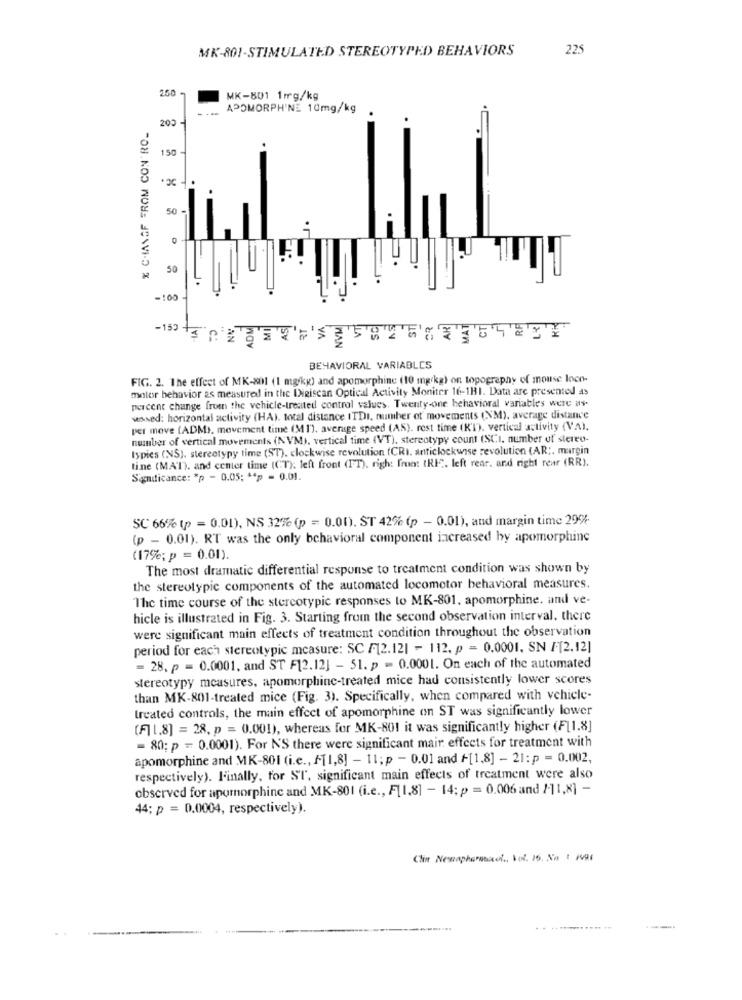
MK-801-STIMULATED STEREOTYPED BEHAVIORS
225
250
MK-801 1mg/kg
APOMORPHINE 10mg/kg
% CHIANGF FROM CON'RO-
200
150
50 -
50
=100
ADM
AN
HAN
BEHAVIORAL VARIABLES
FIG. 2. The effect of MK-801 (1 mg/kg) and apomorphine (10 mg/kg) on topography of mouse loco-
motor behavior as measured in the Digiscan Optical Activity Moniter 16-1H1. Data are presented as
percent change from the vehicle-treated control values. Twenty-one behavioral variables were as.
wowed: horizontal activity (HA). total distance ITDI, number of movements (NM), average distance
per move (ADM), movement time (31), average speed (AS). rest time (KI), vertical activity (VA).
number of vertical movements (NVM), vertical time (VT), stereotypy count (SCI, number of stereo-
Ispies (NS). stereotypy time (ST). clockwise revolution (CRI. anticlockwise revolution (AR ;, margin
tine (MAI). and center time (CT): left front (IT), righ: free: IRI. left rear. and right rear (RR).
Significance: "p - 0.05; ** p = 0.01.
SC 66% (p = 0.01), NS 32% (p = 0.00). ST 42% (p - 0.01), and margin time 29%
(p - 0.01). RT was the only behavioral component increased by apomorphinc
(17%; p = 0.01).
The most dramatic differential response to treatment condition was shown by
the stereotypic components of the automated locomotor behavioral measures.
The time course of the stercotypic responses to MK-801. apomorphine, and ve-
hicle is illustrated in Fig. 3. Starting from the second observation interval. there
were significant main effects of treatment condition throughout the observation
period for each stereotypic measure: SC /12.121 - 112. p = 0.0001. SN /[2.12]
= 28. p = 0.0001, and ST F12.12] - 51. p = 0.0001. On each of the automated
stereotypy measures, apomorphine-treated mice had consistently lower scores
than MK-801-treated mice (Fig. 3). Specifically, when compared with vehicle-
treated controls, the main effect of apomorphine on ST was significantly lower
[F] 1.8] = 28. p = 0.001), whereas for MK-801 it was significantly higher (F[1.8]
= 80; p = 0.0001). For N'S there were significant mair effects for treatment with
apomorphine and MK-801 (i.e ., f[1,8] - 11; p - 0.01 and +[1,8] - 21:p =0.002,
respectively). Finally, for ST, significant main effects of treatment were also
observed for apomorphine and MK-801 (i.e ., F[1.8] - 14; p = 0.006 and 2-11,8] -
44; p = 0.0004, respectively).
Clin Nenapharmacol ., Vol. 15. No t PV91